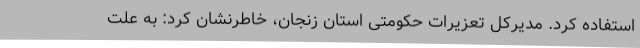
استفاده کرد. مدیرکل تعزیرات حکومتی استان زنجان، خاطرنشان کرد: به علت